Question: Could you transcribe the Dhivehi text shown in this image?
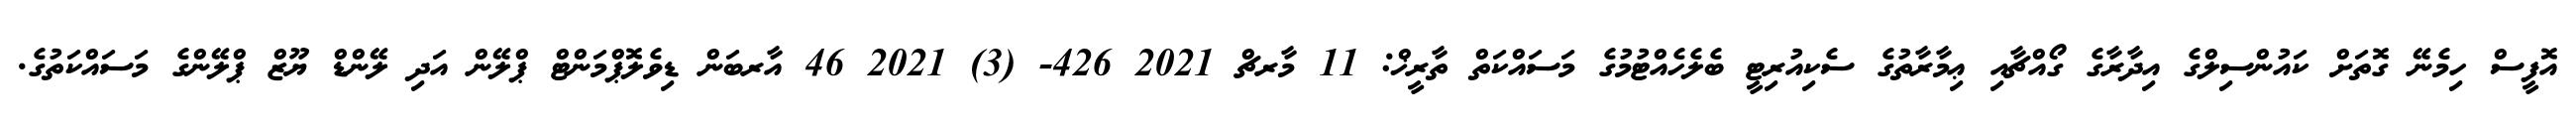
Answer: އޮފީސް ހިމެނޭ ގޮތަށް ކައުންސިލްގެ އިދާރާގެ ގޯއްޗާއި ޢިމާރާތުގެ ސެކިއުރިޓީ ބެލެހެއްޓުމުގެ މަސައްކަތް ތާރީޚް: 11 މާރޗް 2021 426- (3) 2021 46 އާރބަން ޑިވެލޮޕްމަންޓް ޕްލޭން އަދި ލޭންޑް ޔޫޒް ޕްލޭންގެ މަސައްކަތުގެ.